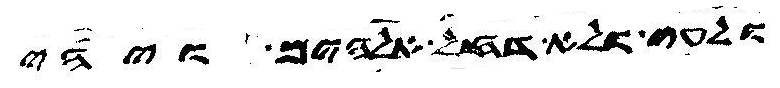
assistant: ולעי ולא דחל אלהים ויהי